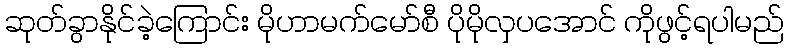
ဆုတ်ခွာနိုင်ခဲ့ကြောင်း မိုဟာမက်မော်စီ ပိုမိုလှပအောင် ကိုဖွင့်ရပါမည်